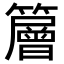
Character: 𥶰